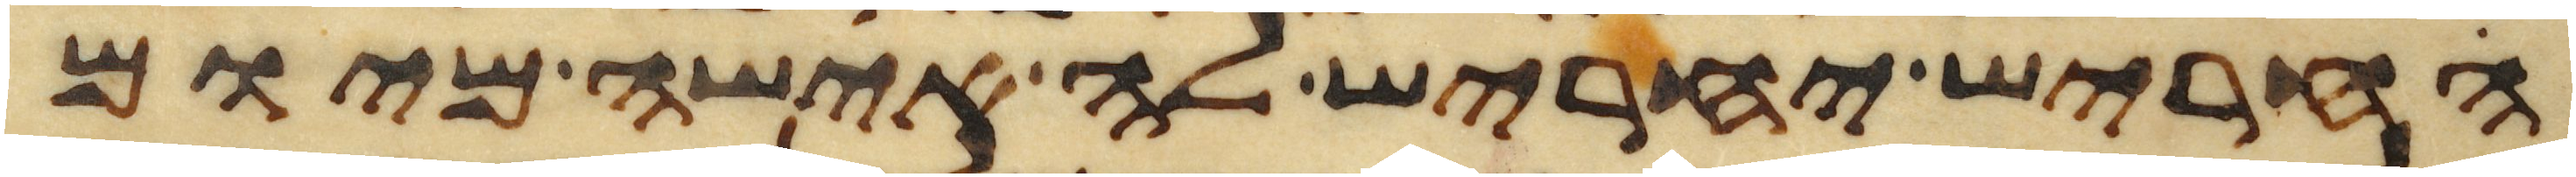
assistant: החריש יחריש לה אישה מיום